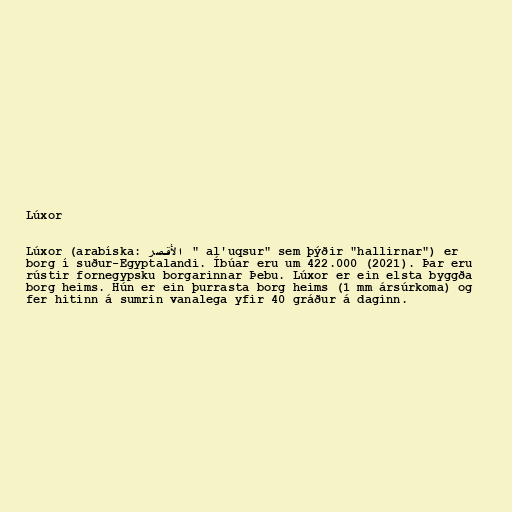
Lúxor

Lúxor (arabíska: الأقصر " al'uqsur" sem þýðir "hallirnar") er
borg í suður-Egyptalandi. Íbúar eru um 422.000 (2021). Þar eru
rústir fornegypsku borgarinnar Þebu. Lúxor er ein elsta byggða
borg heims. Hún er ein þurrasta borg heims (1 mm ársúrkoma) og
fer hitinn á sumrin vanalega yfir 40 gráður á daginn.